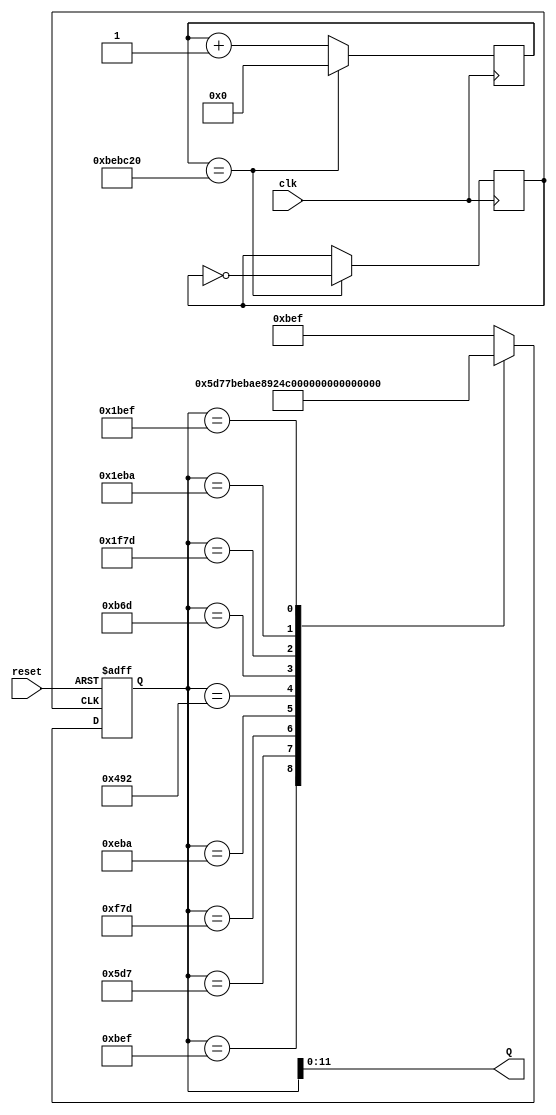
module marquee(
reset,
clk,
Q
);

input reset, clk;
output [11:0] Q;

reg [26:0] cnt;
reg clk1 = 1'b0;

reg [12:0] marquee ;

	always @(posedge clk)
	begin
		cnt <= cnt + 1;
		if (cnt == 12500000)
		begin
			cnt <= 0;
			clk1 <= ~clk1;
		end
	end

	always @(posedge clk1, negedge reset)
	begin
	if (reset == 0)
		marquee <= 13'b0101111101111;
	else
		case (marquee)
		13'b0101111101111:   //msb = 0
		marquee <=       13'b0010111010111;
		
		13'b0010111010111:  
		marquee <=       13'b0111101111101;
		13'b0111101111101:  
		marquee <=       13'b0111010111010;
		
		13'b0111010111010:  
		marquee <=       13'b0010010010010;
		13'b0010010010010:  
		marquee <=       13'b0101101101101;
		
		13'b0101101101101:  
		marquee <=       13'b1111101111101;
		13'b1111101111101:   
		marquee <=       13'b1111010111010;

		13'b1111010111010:   
		marquee <=       13'b1101111101111;
		13'b1101111101111:   
		marquee <=       13'b1010111010111;
		
		default:
			marquee <= 13'b0101111101111;
	endcase

	end  //  begin always


	assign Q = marquee[11:0];

endmodule